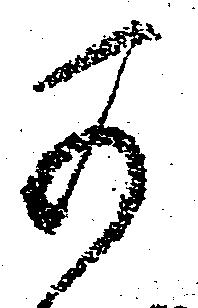
可